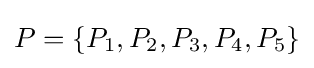
P=\{P_{1},P_{2},P_{3},P_{4},P_{5}\}